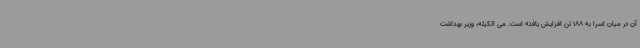
آن در میان اسرا به 188 تن افزایش یافته است. می الکیله، وزیر بهداشت